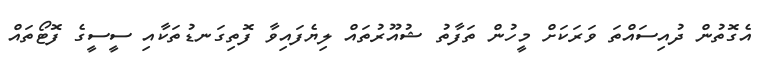
އެގޮތުން ދުއިސައްތަ ވަރަކަށް މީހުން ތަފާތު ޝުއޫރުތައް ލިޔެފައިވާ ފޮތިގަނޑުތަކާއި ސީސީގެ ފޮޓޯތައް